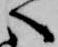
へ